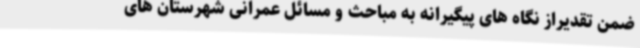
ضمن تقدیراز نگاه های پیگیرانه به مباحث و مسائل عمرانی شهرستان های